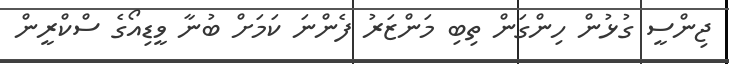
ޖިންސީ ގުޅުން ހިންގަން ތިބި މަންޒަރު ފެންނަ ކަމަށް ބުނާ ވީޑިއޯގެ ސްކްރީން